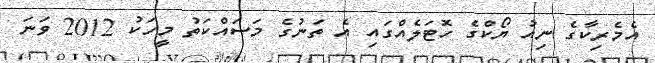
އެމެރިކާގެ ނިއު ޔޯކްގެ ހޮޓަލެއްގައި އެ ތަނުގެ މަސައްކަތު މީހަކު 2012 ވަނަ